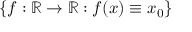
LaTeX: \{ f : \mathbb { R } \to \mathbb { R } : f ( x ) \equiv x _ { 0 } \}